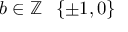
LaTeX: b \in \mathbb { Z } \setminus \{ \pm 1 , 0 \}